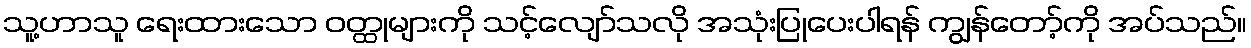
သူ့ဟာသူ ရေးထားသော ဝတ္ထုများကို သင့်လျော်သလို အသုံးပြုပေးပါရန် ကျွန်တော့်ကို အပ်သည်။